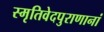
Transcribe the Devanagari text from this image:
स्मृतिवेदपुराणानां